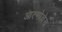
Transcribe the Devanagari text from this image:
आत्मोल्लेख